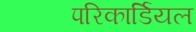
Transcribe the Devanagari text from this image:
परिकार्डियल